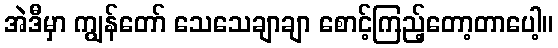
အဲဒီမှာ ကျွန်တော် သေသေချာချာ စောင့်ကြည့်တော့တာပေါ့။